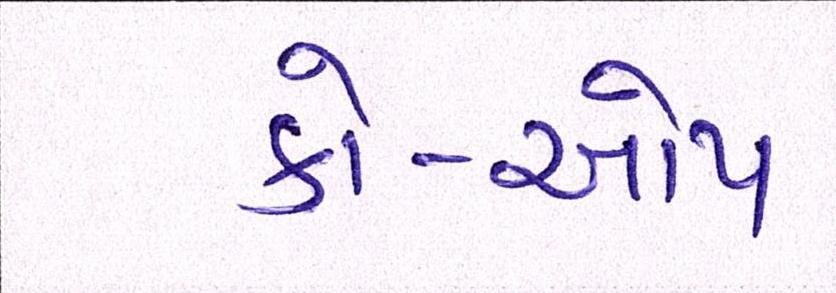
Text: કો-ઓપ